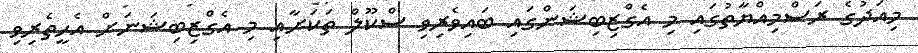
މިއަދުގެ ރަސްމިއްޔާތުގައި މި އެގްޒިބިޝަންގައި ބައިވެރިވި ސްކޫލް ތަކަށާއި މި އެގްޒިބިޝަނަށް އެހީތެރިވި